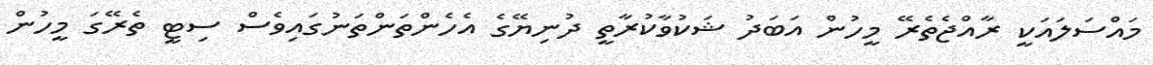
މައްސަލައަކީ ރާއްޖެތެރޭ މީހުން އަބަދު ޝަކުވާކުރާތީ ދުނިޔޭގެ އެހެންތަންތަނުގައިވެސް ސިޓީ ތެރޭގަ މީހުން